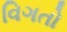
વિગતો